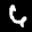
Label: 6